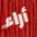
أراء